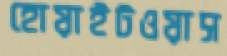
হোয়াইটওয়াস